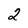
Character: 2